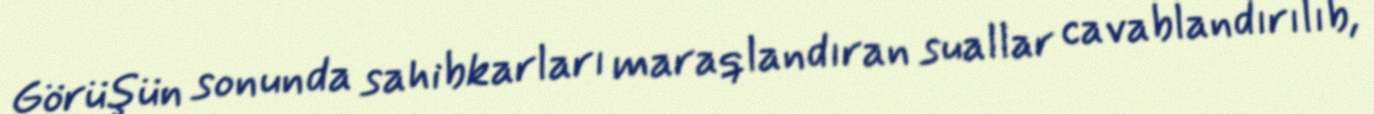
Görüşün sonunda sahibkarları maraqlandıran suallar cavablandırılıb,